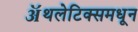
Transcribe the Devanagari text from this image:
ॲथलेटिक्समधून